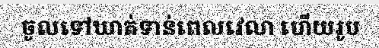
ចូលទៅឃាត់ទាន់ពេលវេលា ហើយរូប